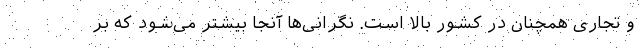
و تجاری همچنان در کشور بالا است. نگرانی‌ها آنجا بیشتر می‌شود که بر